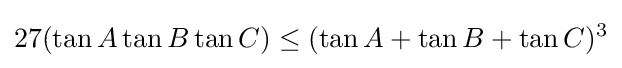
27(\tan {A}\tan {B}\tan {C})\leq (\tan {A}+\tan {B}+\tan {C})^{3}